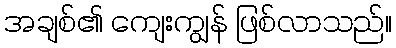
အချစ်၏ ကျေးကျွန် ဖြစ်လာသည်။